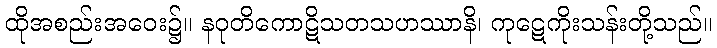
ထိုအစည်းအဝေး၌။ နဝုတိကောဋိသတသဟဿာနိ၊ ကုဋေကိုးသန်းတို့သည်။